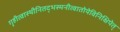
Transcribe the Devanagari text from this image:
गृहीत्वास्थीनितद्भस्मनीत्वातोयेविनिक्षिपेत्